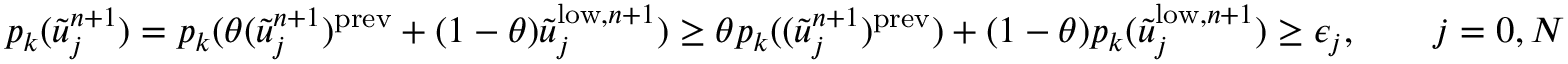
p _ { k } ( \tilde { u } _ { j } ^ { n + 1 } ) = p _ { k } ( \theta ( \tilde { u } _ { j } ^ { n + 1 } ) ^ { \mathrm { p r e v } } + ( 1 - \theta ) \tilde { u } _ { j } ^ { \mathrm { l o w } , n + 1 } ) \ge \theta p _ { k } ( ( \tilde { u } _ { j } ^ { n + 1 } ) ^ { \mathrm { p r e v } } ) + ( 1 - \theta ) p _ { k } ( \tilde { u } _ { j } ^ { \mathrm { l o w } , n + 1 } ) \ge \epsilon _ { j } , \qquad j = 0 , N